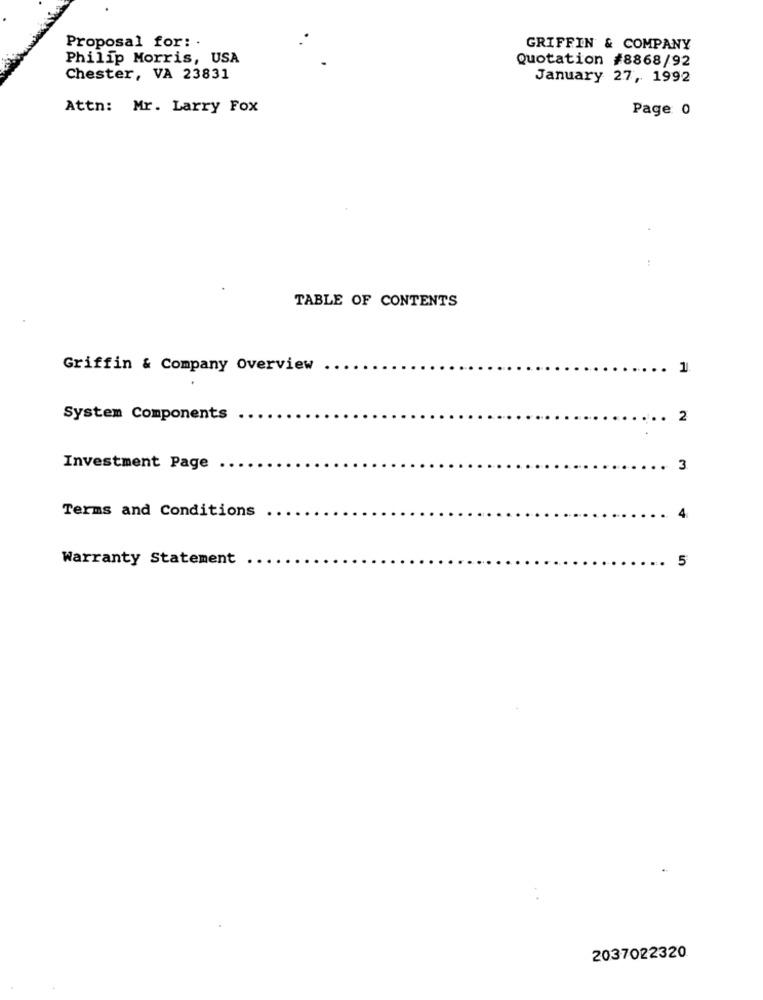
Proposal for: .
GRIFFIN & COMPANY
Philip Morris, USA
Quotation #8868/92
Chester, VA 23831
January 27, 1992
Attn: Mr. Larry Fox
Page 0
TABLE OF CONTENTS
Griffin & Company Overview
1
System Components
2
Investment Page
3
Terms and Conditions
4
Warranty Statement
5
2037022320